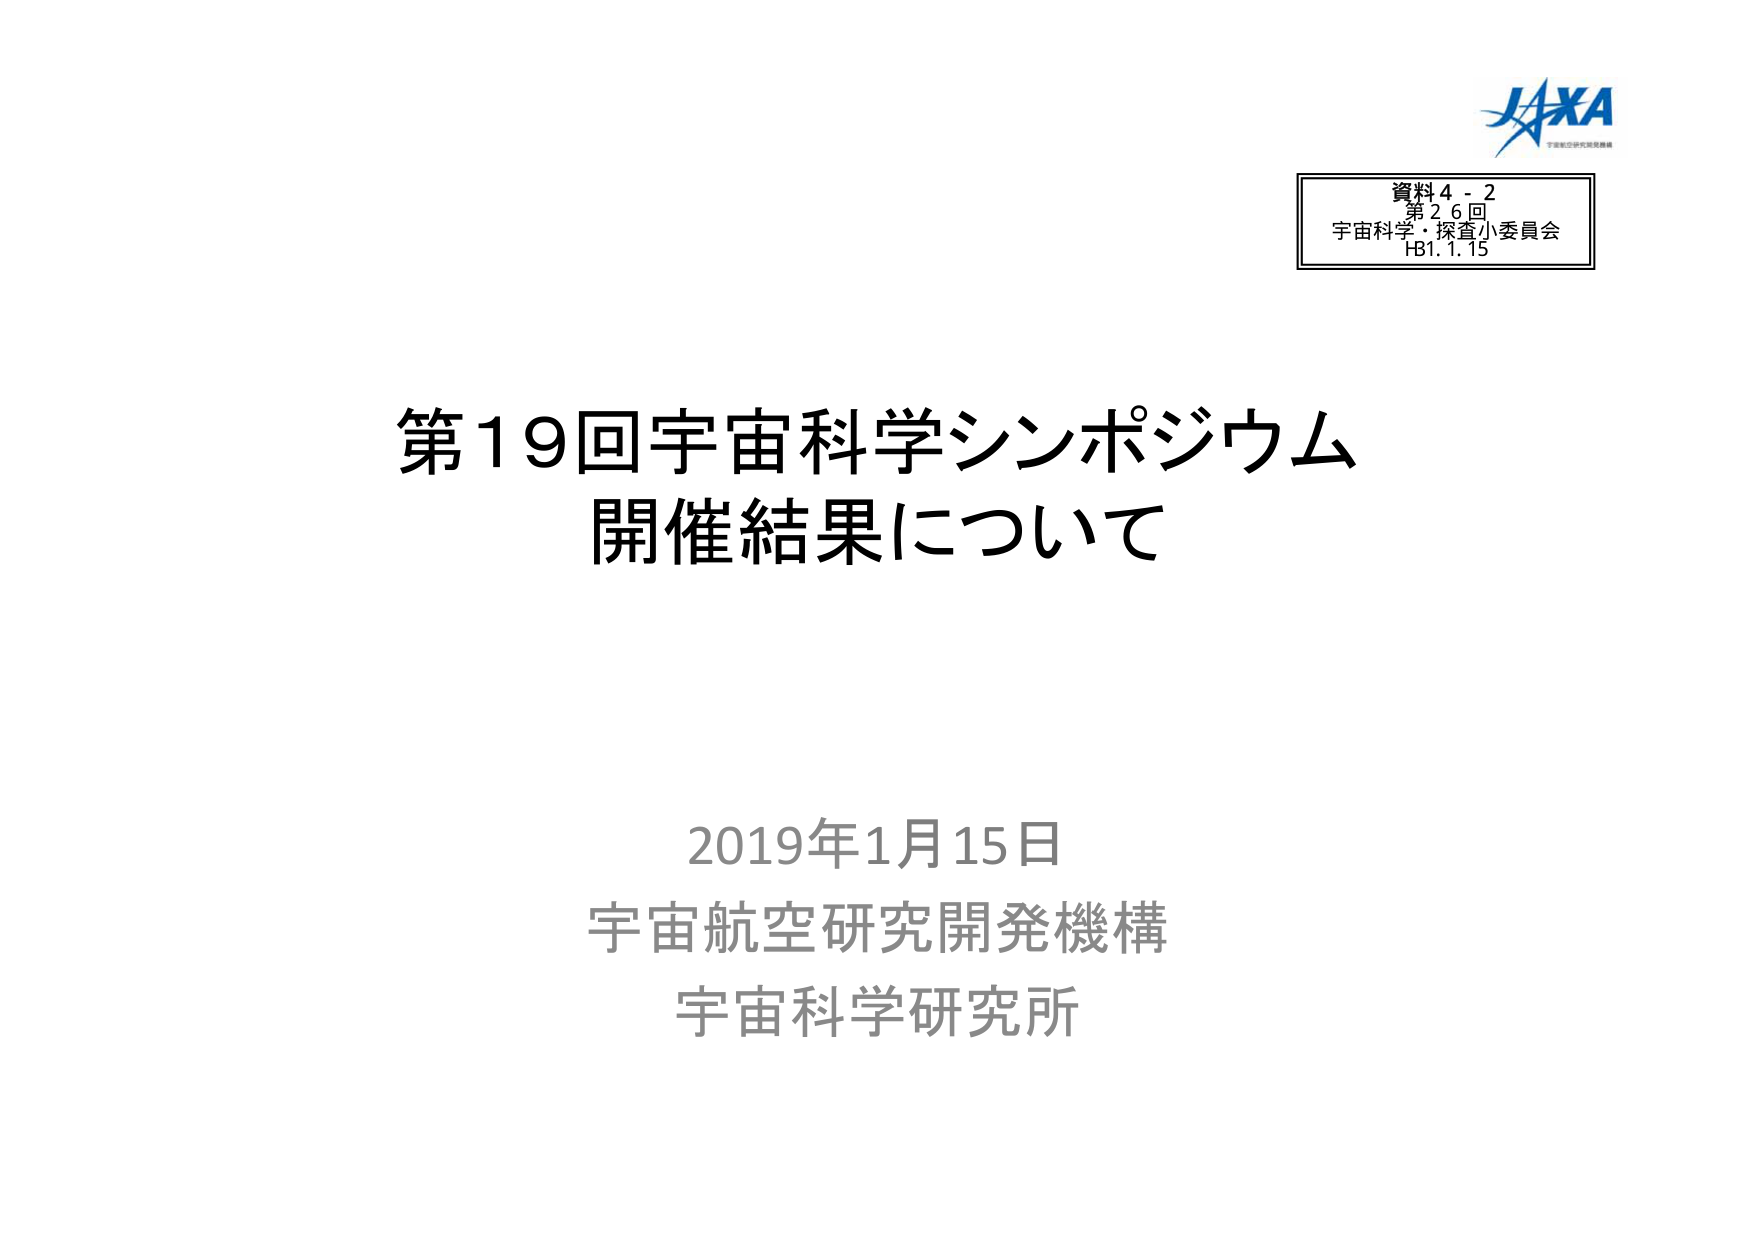
JAXA
宇宙航空研究開発機構

資料4-2
第26回
宇宙科学・探査小委員会
H31.1.15

第19回宇宙科学シンポジウム
開催結果について

2019年1月15日
宇宙航空研究開発機構
宇宙科学研究所